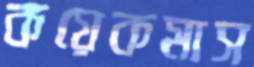
কয়েকমাস